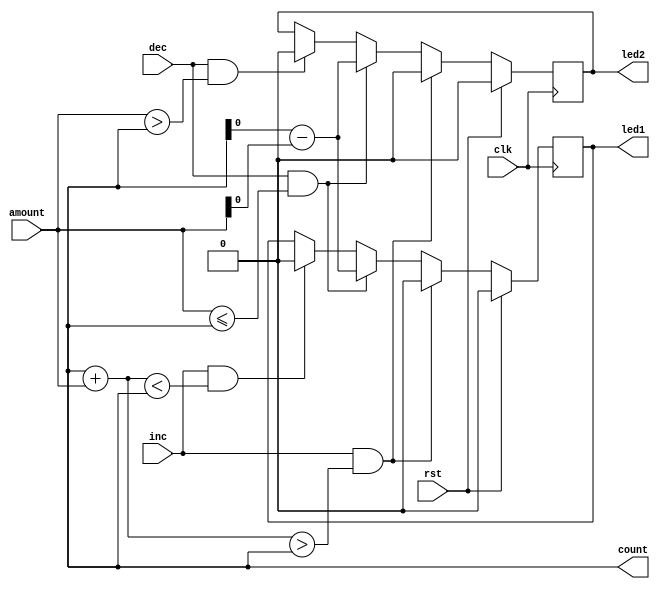
`timescale 1ns / 1ps
//////////////////////////////////////////////////////////////////////////////////
// Company: 
// Engineer: 
// 
// Design Name: 
// Module Name: counter
// Project Name: 
// Target Devices: 
// Tool Versions: 
// Description: 
// 
// Dependencies: 
// 
// Revision:
// Revision 0.01 - File Created
// Additional Comments:
// 
//////////////////////////////////////////////////////////////////////////////////


module counter(count,led2,led1,amount,inc,dec,rst,clk);

  input rst,clk;
  input inc; // count increment signal
  input dec; // count decrement signal
  input [7:0] amount; // amount for deposite or withdraw
  output led2,led1; // led[0] = signal for insufficient balance, led[1] = signal for reach max balance in the account
  output [7:0] count; // amount after deposite or withdraw
  
  reg [7:0] current_count = 0;
  
  always @(posedge clk) begin
    if (rst) 
      current_count <= 0;
    else if (inc & (count + amount) > count)
      current_count <= count + amount; // increment count by value amount
    else if (dec & (amount <= count))
      current_count <= count - amount; // decrement count by value of amount
    else 
      current_count <= count; // hold the count value
  end
  
  reg set0;
  
  // determine LED1, exceeds maximum account value i.e. 255
  always @(posedge clk) begin
    if (rst) 
      set0 <= 0;
    else if (inc & (count + amount) > count)
      set0 <= 1'b0; 
    else if (dec & (amount <= count))
      set0 <= count - amount; 
    else if (inc & (count + amount) < count)
      set0 <= 1'b0;
    else 
      set0 <= led1; 
  end
  
  assign led1 = set0; // LED1
  reg set1;
  
  // determine LED2 when we don't have enough money to withdraw
  always @(posedge clk) begin
    if (rst) 
      set1 <= 0;
    else if (inc & (count + amount) > count)
      set1 <= 1'b0; 
    else if (dec & (amount <= count))
      set1 <= count - amount; 
    else if (dec & (amount > count))
      set1 <= 1'b0;
    else 
      set1 <= led2;
  end
  
  assign led2 = set1; // LED2
  
endmodule